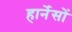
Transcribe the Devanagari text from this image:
हार्नेसों